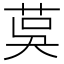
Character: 茣